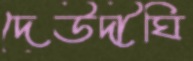
দেউদীঘি